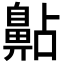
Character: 𪖚